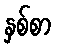
နှစ်စာ